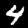
Label: 4